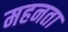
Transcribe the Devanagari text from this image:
महनता